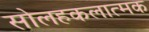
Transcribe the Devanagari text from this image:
सोलहकलात्मक